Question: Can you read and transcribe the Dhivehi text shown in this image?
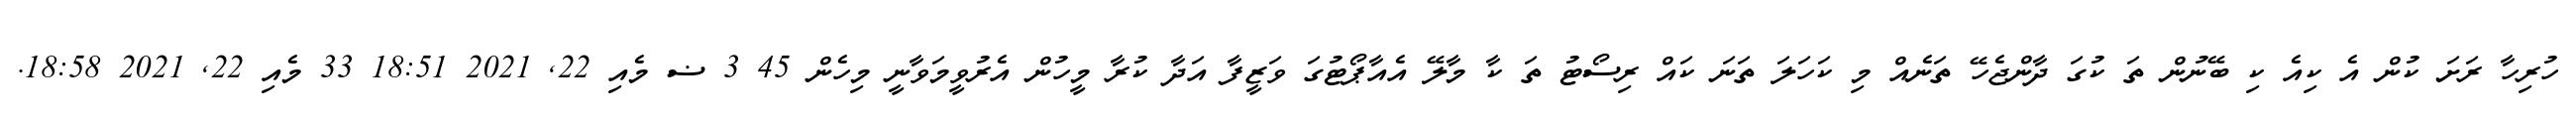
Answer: ހުރިހާ ރަށަ ކުން އެ ކިއެ ކި ބޭނުން ތަ ކުގަ ދާންޖެހޭ ތަނެއް މި ކަހަލަ ތަނަ ކައް ރިސޯޓު ތަ ކާ މާލޭ އެއާޕޯޓުގަ ވަޒީފާ އަދާ ކުރާ މީހުން އެރުވީމަވާނީ މިހެން 45 3 ޟ މެއި 22, 2021 18:51 33 މެއި 22, 2021 18:58.